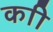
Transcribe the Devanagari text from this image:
काी